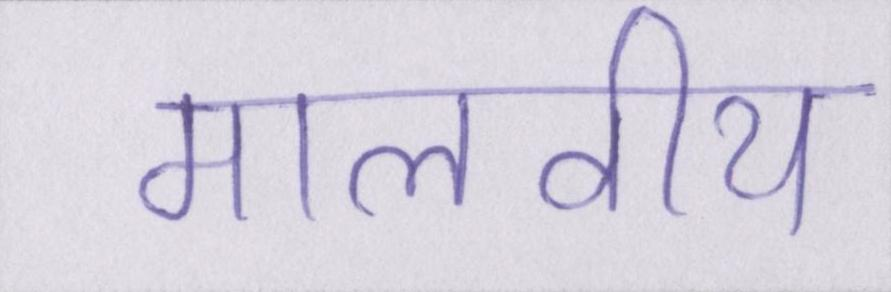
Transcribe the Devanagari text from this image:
मालवीय